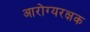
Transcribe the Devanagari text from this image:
आरोग्यरक्षक